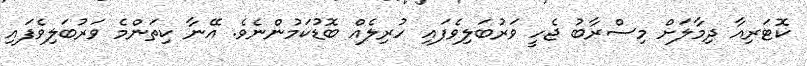
ކޮޓަރިއާ ދިމާލަށް މިސްރާބު ޖެހީ ވަރުބަލިވެފައި ހުރިލެއް ބޮޑުކަމުންނެވެ. އޭނާ ކިތަންމެ ވަރުބަލިވެފައި